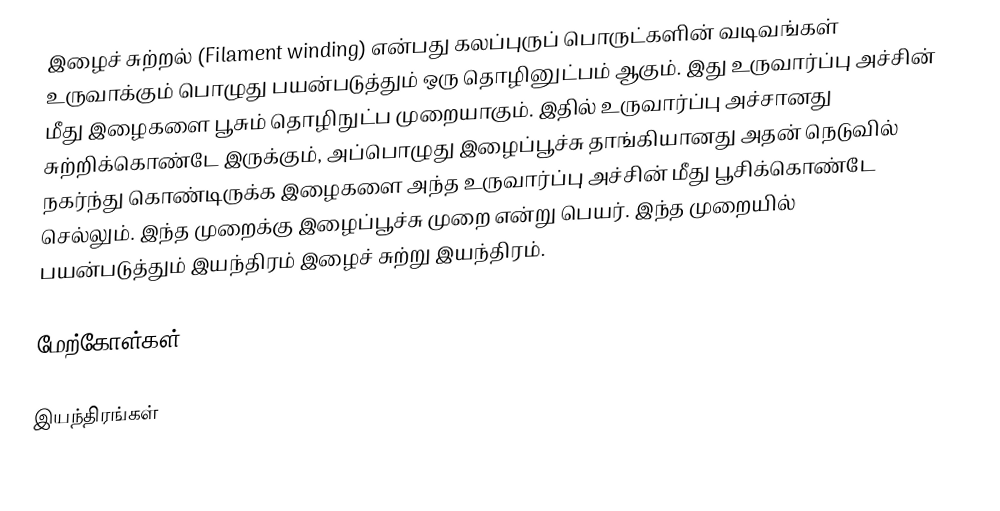
இழைச் சுற்றல் (Filament winding) என்பது கலப்புருப் பொருட்களின் வடிவங்கள் உருவாக்கும் பொழுது பயன்படுத்தும் ஒரு தொழினுட்பம் ஆகும். இது உருவார்ப்பு அச்சின் மீது இழைகளை பூசும் தொழிநுட்ப முறையாகும். இதில் உருவார்ப்பு அச்சானது சுற்றிக்கொண்டே இருக்கும், அப்பொழுது இழைப்பூச்சு தாங்கியானது அதன் நெடுவில் நகர்ந்து கொண்டிருக்க இழைகளை அந்த உருவார்ப்பு அச்சின் மீது பூசிக்கொண்டே செல்லும். இந்த முறைக்கு இழைப்பூச்சு முறை என்று பெயர். இந்த முறையில் பயன்படுத்தும் இயந்திரம் இழைச் சுற்று இயந்திரம்.

மேற்கோள்கள்

இயந்திரங்கள்